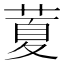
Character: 𦷜